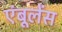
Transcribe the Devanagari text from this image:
एंबूलेंस